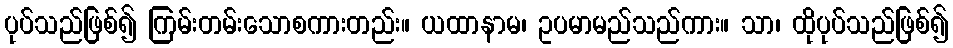
ပုပ်သည်ဖြစ်၍ ကြမ်းတမ်းသောစကားတည်း။ ယထာနာမ၊ ဥပမာမည်သည်ကား။ သာ၊ ထိုပုပ်သည်ဖြစ်၍